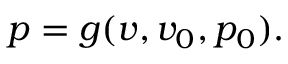
p = g ( v , v _ { 0 } , p _ { 0 } ) .